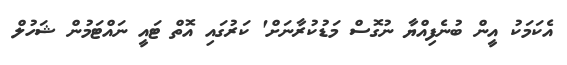
އެކަމަކު އީން ބުނެފިއްޔާ ނުގޮސް މަޑުކުރާނަށް' ކަރުގައި އޮތް ޓައީ ނައްޓަމުން ޝަހުލް